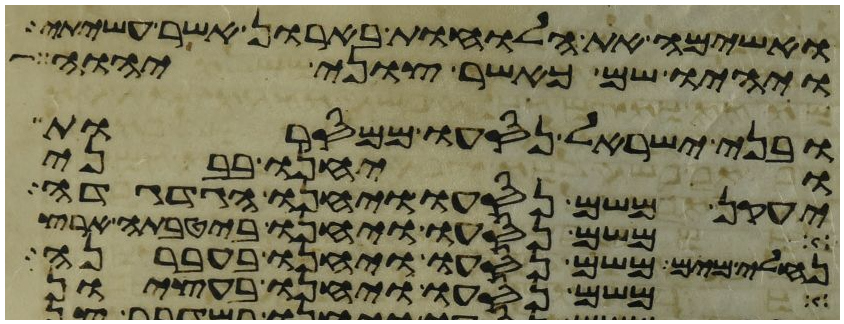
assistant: ואשימה את הלוחות בארון אשר עשיתי
ויהיו שם כאשר צוני יהוה
ובני ישראל נסעו ממסרות
ויחנו בבני
יעקן משם נסעו ויחנו הגדגדה
משם נסעו ויחנו ביטבתה ארץ
נחלי מים משם נסעו ויחנו בעברנה
משם נסעו ויחנו בעציון